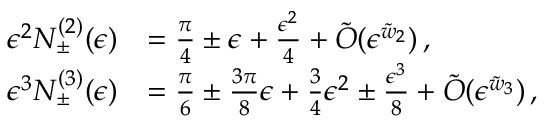
\begin{array} { r l } { \epsilon ^ { 2 } N _ { \pm } ^ { ( 2 ) } ( \epsilon ) } & { = \frac { \pi } { 4 } \pm \epsilon + \frac { \epsilon ^ { 2 } } { 4 } + \tilde { O } ( \epsilon ^ { \tilde { w } _ { 2 } } ) \, , } \\ { \epsilon ^ { 3 } N _ { \pm } ^ { ( 3 ) } ( \epsilon ) } & { = \frac { \pi } { 6 } \pm \frac { 3 \pi } { 8 } \epsilon + \frac { 3 } { 4 } \epsilon ^ { 2 } \pm \frac { \epsilon ^ { 3 } } { 8 } + \tilde { O } ( \epsilon ^ { \tilde { w } _ { 3 } } ) \, , } \end{array}